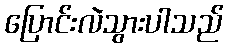
ပြောင်းလဲသွားပါသည်